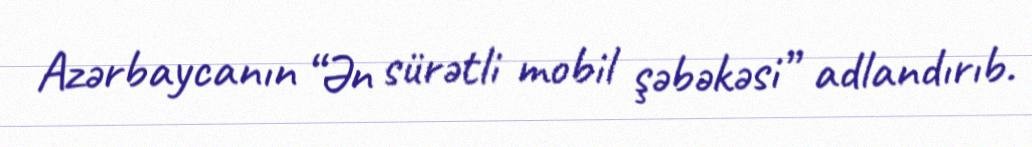
Azərbaycanın “Ən sürətli mobil şəbəkəsi” adlandırıb.